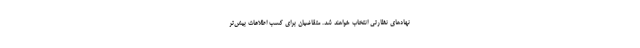
نهادهای نظارتی انتخاب خواهند شد. متقاضیان برای کسب اطلاعات بیش‌تر